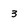
Character: 3